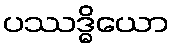
ပဿဒ္ဓိယော